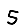
Digit: 5